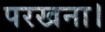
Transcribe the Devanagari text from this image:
परखना।